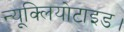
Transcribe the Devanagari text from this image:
न्यूक्लियोटाइड।